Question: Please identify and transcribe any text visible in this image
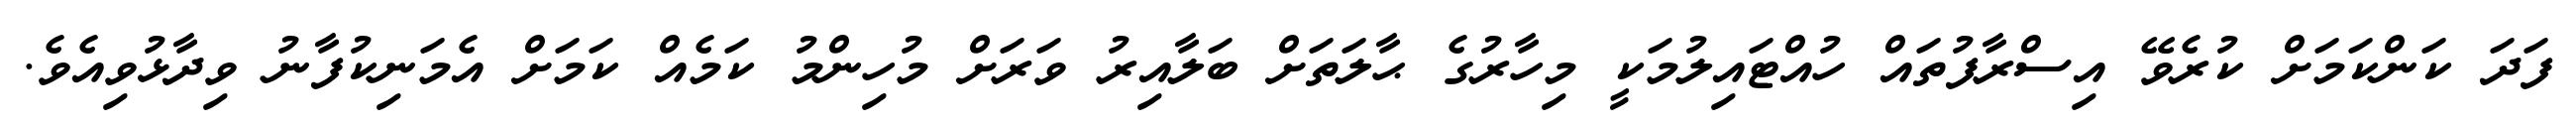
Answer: ފަދަ ކަންކަމަށް ކުރެވޭ އިސްރާފުތައް ހުއްޓައިލުމަކީ މިހާރުގެ ޙާލަތަށް ބަލާއިރު ވަރަށް މުހިންމު ކަމެއް ކަމަށް އެމަނިކުފާނު ވިދާޅުވިއެވެ.